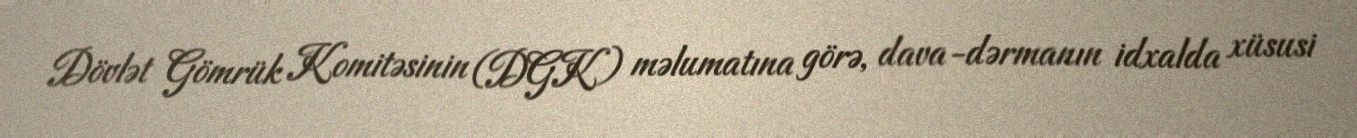
Dövlət Gömrük Komitəsinin (DGK) məlumatına görə, dava-dərmanın idxalda xüsusi